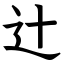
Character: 辻